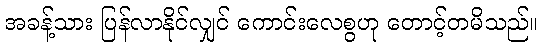
အခန့်သား ပြန်လာနိုင်လျှင် ကောင်းလေစွဟု တောင့်တမိသည်။